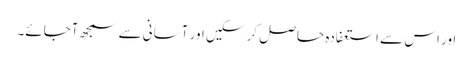
اور اس سے استعفادہ حاصل کر سکیں اور آسانی سے سمجھ آجائے۔